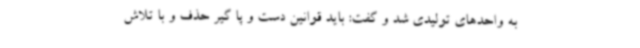
به واحدهای تولیدی شد و گفت: باید قوانین دست و پا گیر حذف و با تلاش